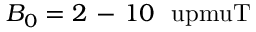
B _ { 0 } = 2 \mathrm { ~ - ~ } 1 0 ~ \mathrm { \ u p m u T }